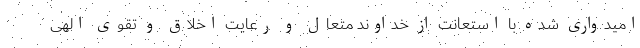
امیدواری شده با استعانت از خداوند متعال و رعایت اخلاق و تقوی الهی